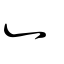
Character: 廴